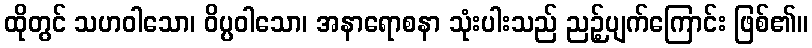
ထိုတွင် သဟဝါသော၊ ဝိပ္ပဝါသော၊ အနာရောစနာ သုံးပါးသည် ညဉ့်ပျက်ကြောင်း ဖြစ်၏။